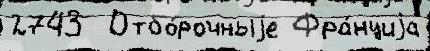
2743  Отбо́рочныjе Фра́нциjа